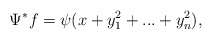
\begin{align*}\Psi^*f=\psi(x+y_1^2+...+y_n^2),\end{align*}